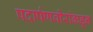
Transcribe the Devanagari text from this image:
पदार्पणवीरांकडून